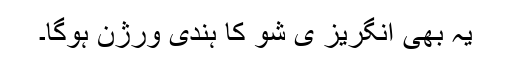
یہ بھی انگریز ی شو کا ہندی ورژن ہوگا۔